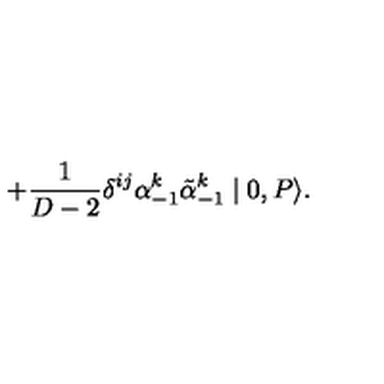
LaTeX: + { \frac { 1 } { D - 2 } } { \delta } ^ { i j } { \alpha } _ { - 1 } ^ { k } \tilde { \alpha } _ { - 1 } ^ { k } \mid 0 , P \rangle .